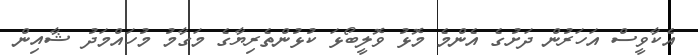
އެކާވީސް އަހަރުން ދަށުގެ އެންމެ މޮޅު ވޮލީބޯޅަ ކުޅުންތެރިޔާގެ މަގާމު މުހައްމަދު ޝާއިން